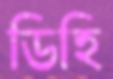
ডিহি